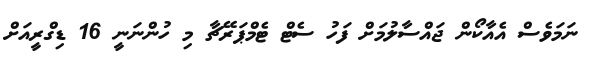
ނަމަވެސް އެއާކޯން ޖައްސާލުމަށް ފަހު ސެޓް ޓެމްޕަރޭޗާ މި ހުންނަނީ 16 ޑިގްރީއަށް